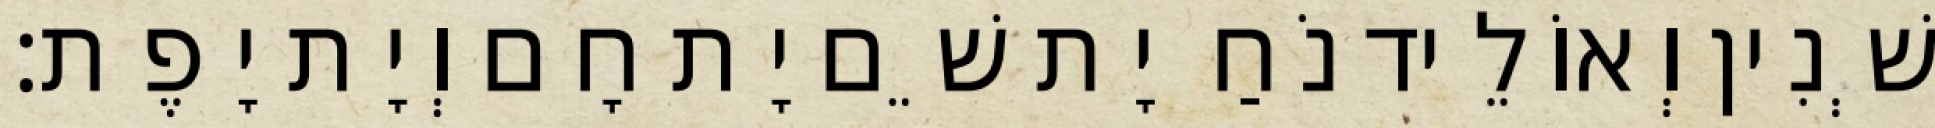
שְׁנִין וְאוֹלֵיד נֹחַ יָת שֵׁם יָת חָם וְיָת יָפֶת׃